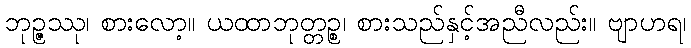
ဘုဉ္ဇဿု၊ စားလော့။ ယထာဘုတ္တဉ္စ၊ စားသည်နှင့်အညီလည်း။ ဗျာဟရ၊